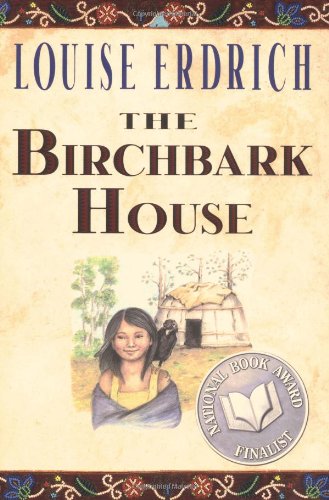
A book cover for The Birchbark House; Louise Erdrich; Children's Books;